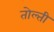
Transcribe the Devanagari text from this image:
तोल्ती